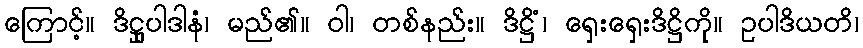
ကြောင့်။ ဒိဋ္ဌုပါဒါနံ၊ မည်၏။ ဝါ၊ တစ်နည်း။ ဒိဋ္ဌိံ၊ ရှေးရှေးဒိဋ္ဌိကို။ ဥပါဒိယတိ၊